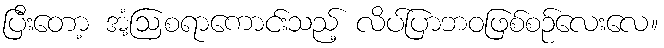
ပြီးတော့ အံ့ဩစရာကောင်းသည့် လိပ်ပြာဘဝဖြစ်စဉ်လေးလေ။